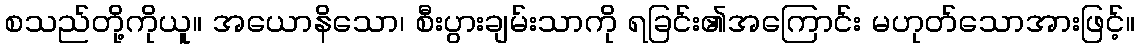
စသည်တို့ကိုယူ။ အယောနိသော၊ စီးပွားချမ်းသာကို ရခြင်း၏အကြောင်း မဟုတ်သောအားဖြင့်။